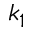
k _ { 1 }